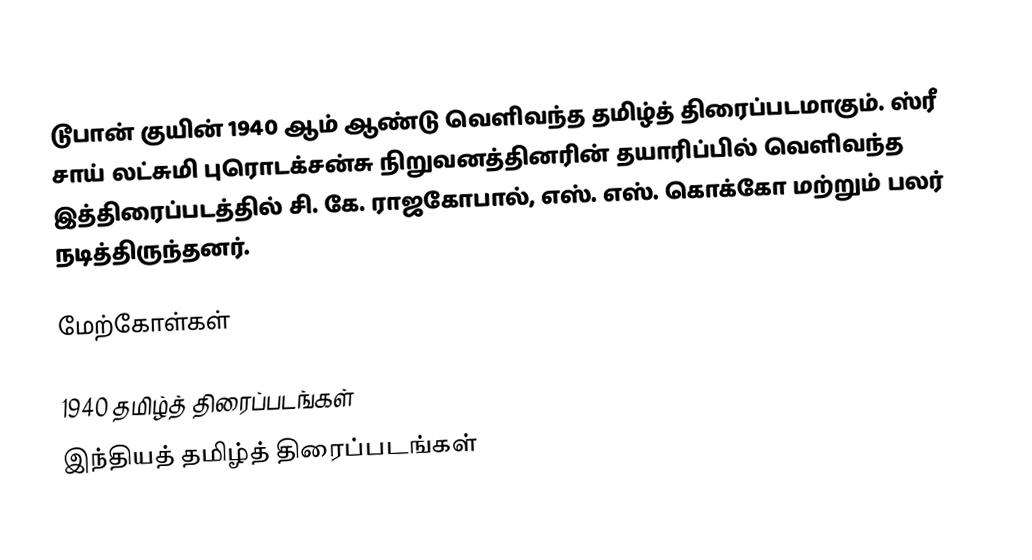
டூபான் குயின் 1940 ஆம் ஆண்டு வெளிவந்த தமிழ்த் திரைப்படமாகும். ஸ்ரீ சாய் லட்சுமி புரொடக்சன்சு நிறுவனத்தினரின் தயாரிப்பில் வெளிவந்த இத்திரைப்படத்தில் சி. கே. ராஜகோபால், எஸ். எஸ். கொக்கோ மற்றும் பலர் நடித்திருந்தனர்.

மேற்கோள்கள்

1940 தமிழ்த் திரைப்படங்கள்
இந்தியத் தமிழ்த் திரைப்படங்கள்